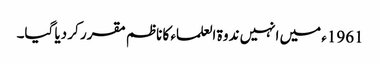
1961ء میں انہیں ندوۃ العلماء کا ناظم مقرر کر دیا گیا۔